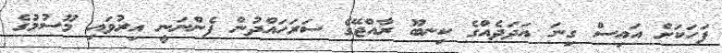
ފަހަކަށް އައިސް ގިނަ އަދަދެއްގެ ކިނބޫ ރާއްޖޭގެ ސަރަހައްދުން ފެންނަނީ އިރުވައި މޫސުމުގެ